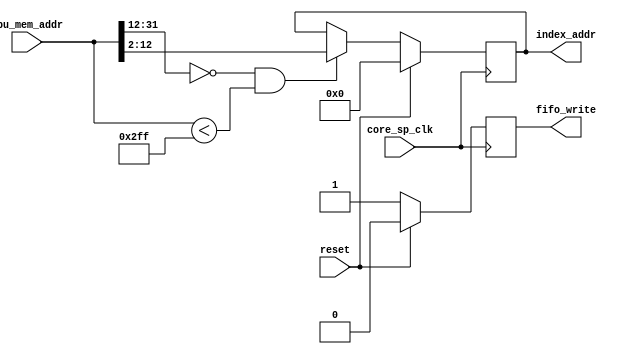
//
`timescale 1ns/1ps

module stage1(
	
	input	       reset,
      input        core_sp_clk,
	input [31:0] ppu_mem_addr,
	output[12:2] index_addr,
      output       fifo_write
            
);


reg [12:2] index_addr_reg;
assign index_addr = index_addr_reg;

reg fifo_write_reg;
assign fifo_write = fifo_write_reg;


always @ (posedge core_sp_clk) begin
	if(reset) begin
		index_addr_reg <= 0;
               
		 fifo_write_reg <= 0;
                
	end else begin
                
                 fifo_write_reg <= 1;
                if ((ppu_mem_addr[31:12] == 20'b00000000000000000000) && (ppu_mem_addr < 32'h000002ff) )
                begin  
		index_addr_reg <= ppu_mem_addr[12:2];
                
                end 
              
	end
end


endmodule